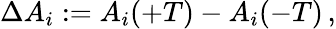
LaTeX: \Delta A_{i}:=A_{i}(+T)-A_{i}(-T)\, ,